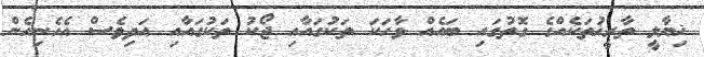
ޚިޔާލީ ތާރީޚުތަކެއްގެ ގޮތުގައި ބައެއް ވާހަކަ ތަކުގައާއި ޖޯކު ތަކުގައާއި އަދިވެސް އެހެނިހެން